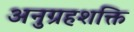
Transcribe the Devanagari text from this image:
अनुग्रहशक्ति